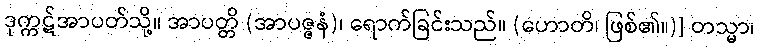
ဒုက္ကဋ်အာပတ်သို့။ အာပတ္တိ (အာပဇ္ဇနံ)၊ ရောက်ခြင်းသည်။ (ဟောတိ၊ ဖြစ်၏။)] တသ္မာ၊